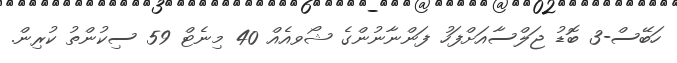
ހަބޭސް-3 ބޮޑު ޖަލްސާއަށްފަހު ފަންނާނުންގެ ޝޯވއެއް 40 މިނެޓް 59 ސިކުންތު ކުރިން.